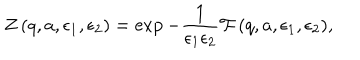
Z \left( q , a , \epsilon _ { 1 } , \epsilon _ { 2 } \right) = \exp { - \frac { 1 } { \epsilon _ { 1 } \epsilon _ { 2 } } { \cal F } \left( q , a , \epsilon _ { 1 } , \epsilon _ { 2 } \right) } ,